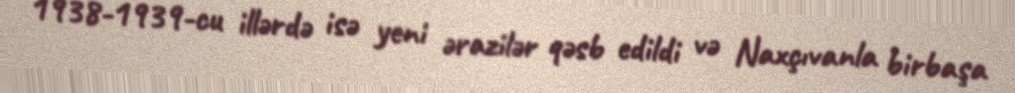
1938-1939-cu illərdə isə yeni ərazilər qəsb edildi və Naxçıvanla birbaşa